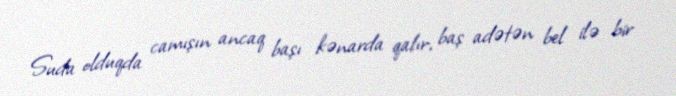
Suda olduqda camışın ancaq başı kənarda qalır, baş adətən bel ilə bir